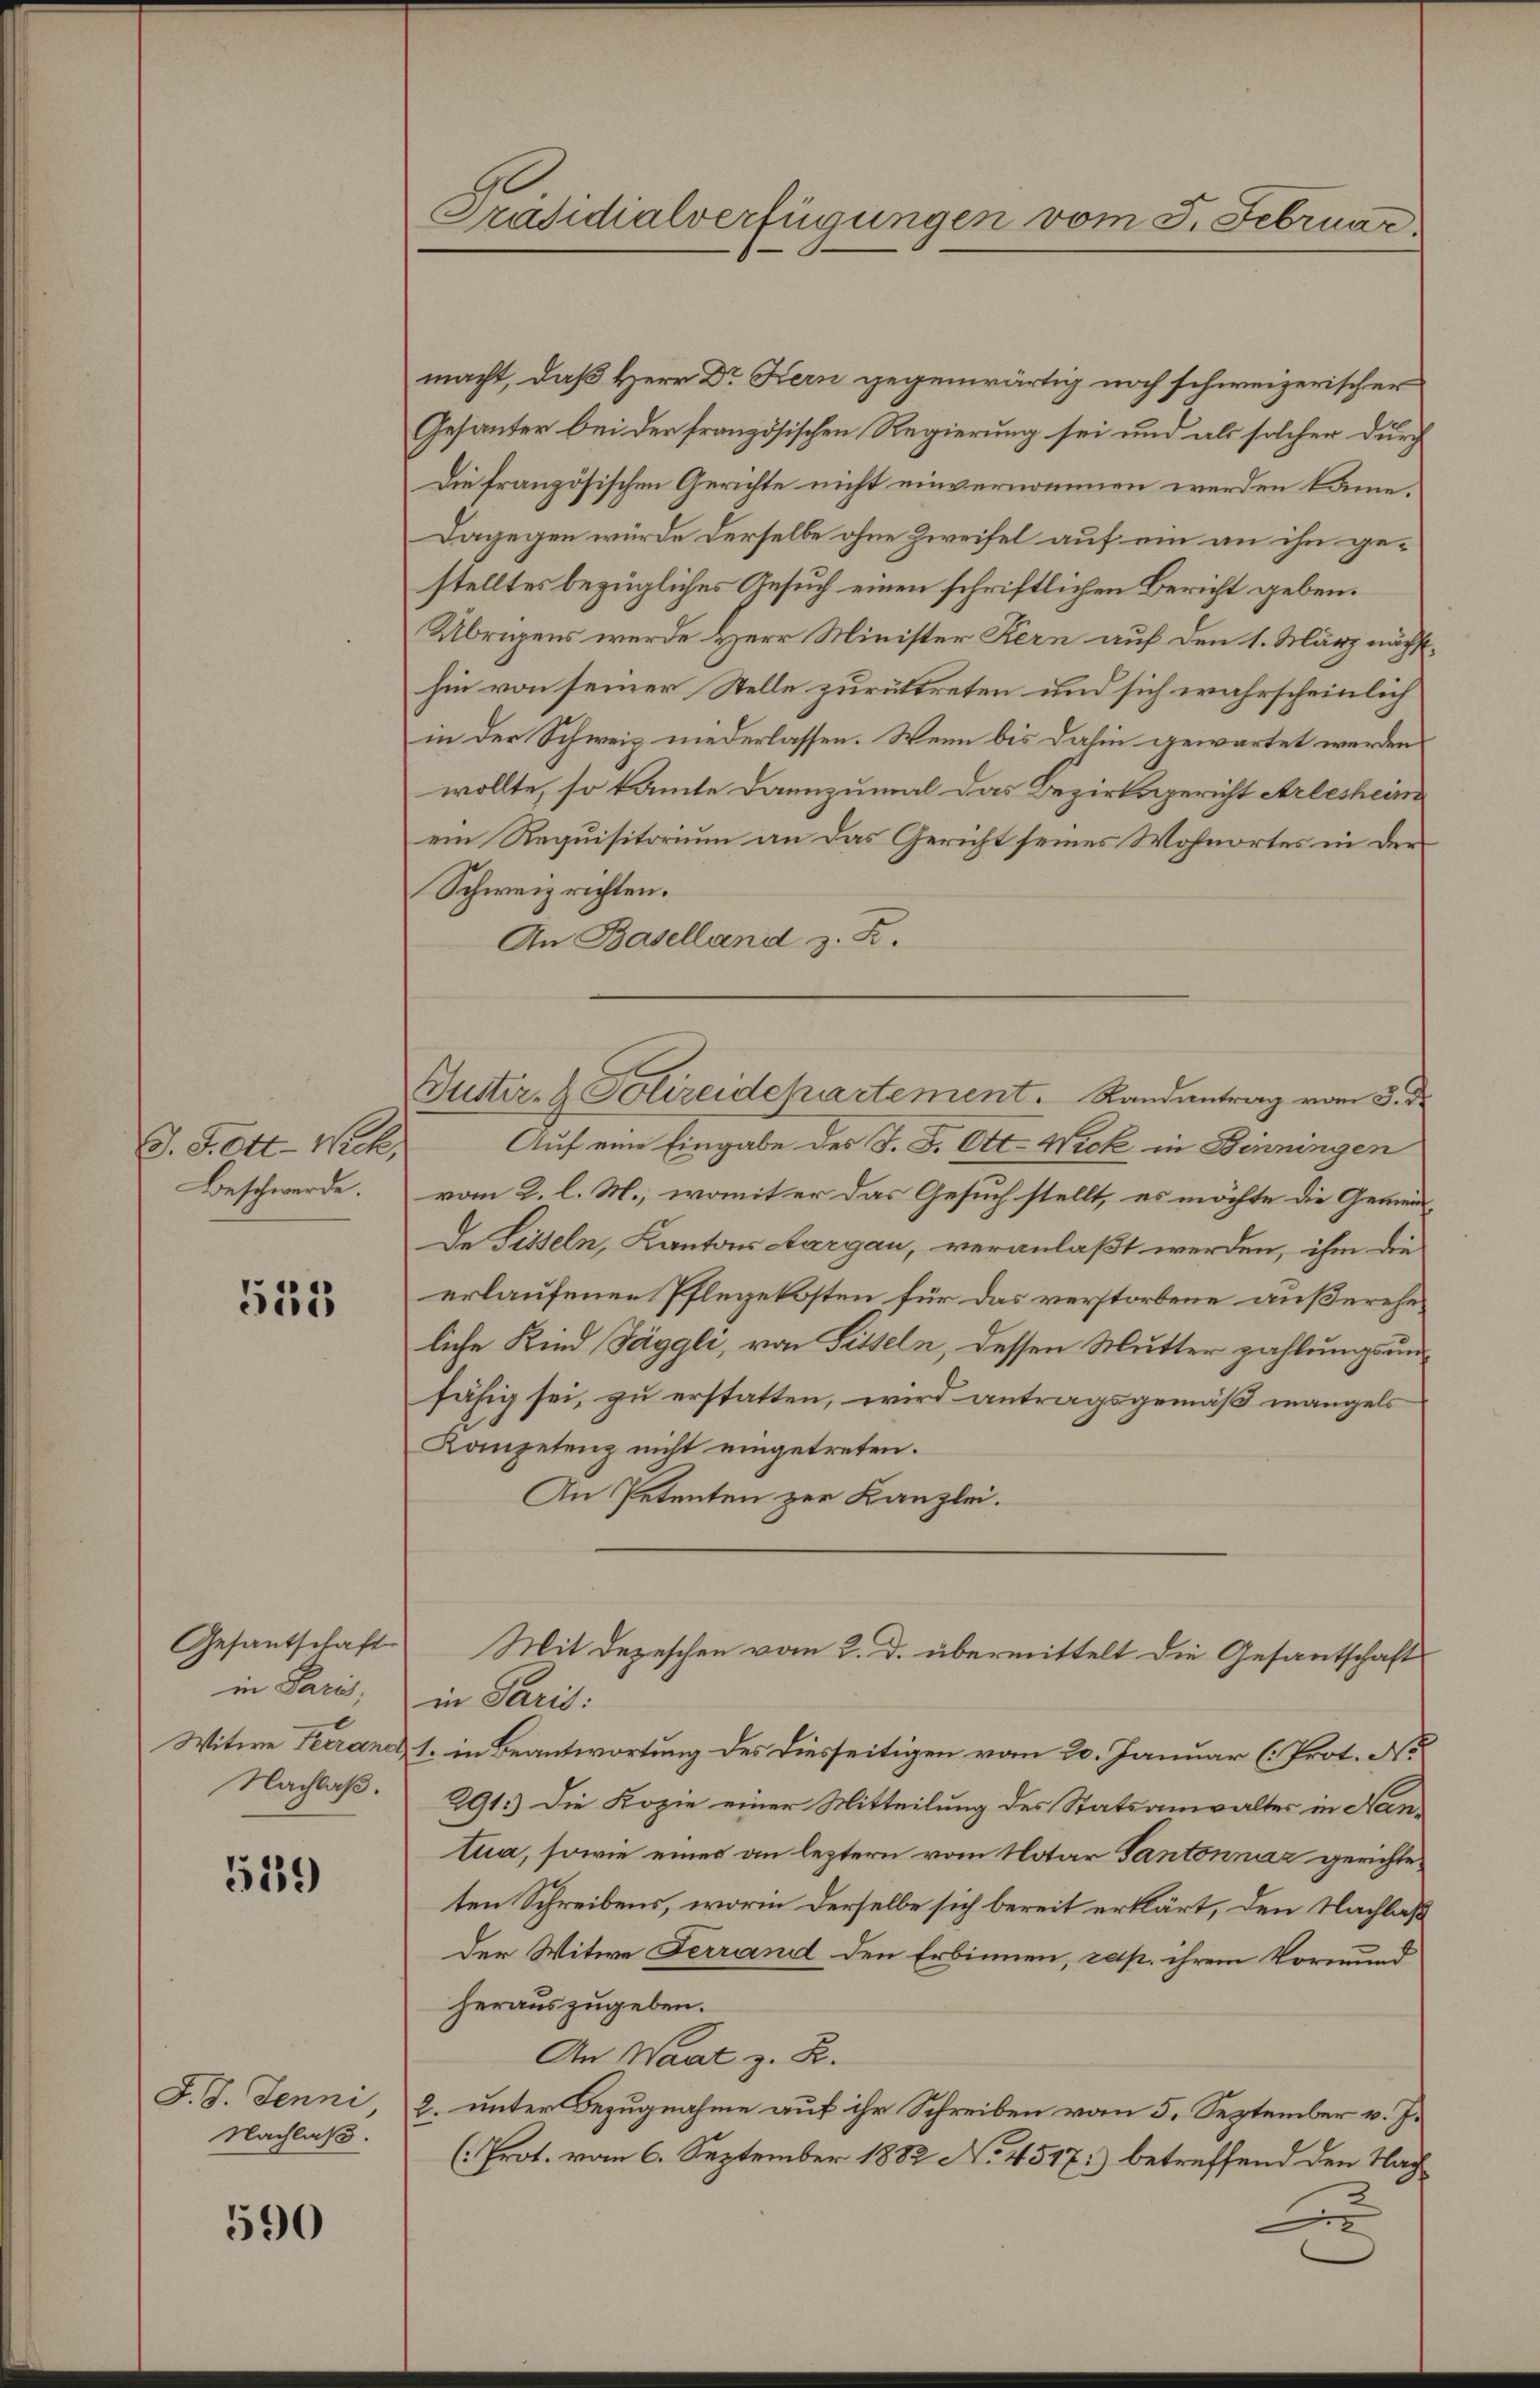
D. S. Ott- Wick,
Beschwerde.

555

Gesantschaft
in Paris,
Witwe Ferraner,
Nachlaß.

539

F. J. Jenni
Nachlaß.

590

Präsidialverfügungen vom 5. Februar.

macht, daß Herr Dr Kern gegenwärtig noch schweizerischer
Gesanter bei der französischen Regierung sei und als solcher durch
Die französischen Gerichte nicht einvernommen werden könne.
Dagegen würde derselbe ohne Zweifel auf ein an ihn gestelltes bezügliches Gesuch einen schriftlichen Bericht geben.
Übrigens wurde Herr Minister Kern auf den 1. März nächsthin von seiner Stelle zurüktreten und sich wahrscheinlich
in der Schweiz niederlassen. Wenn bis dahin gewartet werden
wollte, so kannte dannzumal das Bezirksgericht Arlesheim
ein Requisitorium an das Gericht seines Wohnortes in der
Schweiz richten.
An Baselland z. Z.
Auf eine Eingabe des J. B. Ott- Wick in Benningen
vom 2. l. M., womit er das Gesuch stellt, es möchte die Gemein¬
De Sesseln, Kantons Aargau, veranlaßt werden, ihm die
erlaufenen Pflegekosten für das verstorbene außereheliche Kind Jäggli, von Sitteln, dessen Mutter zahlungsunfähig sei, zu erstatten, wird antragsgemäß mangels
Kompetenz nicht eingetreten.
An Petenten zur Kanzlei.
Mit Depeschen vom 2. d. übermittelt die Gesantschaft
in Paris:
1. in Beantwortung des diesseitigen vom 20. Januar (Prot. No
291.) Die Kopie einer Mitteilung des Statsanwalter in Nantua, sowie eines an leztern vom Notar Tantonnáz gerichteten Schreibens, worin derselbe sich bereit erklärt, den Nachlaß
Der Witwe Ferrand den Erbinnen, rap. ihrem Vormund
herauszugeben.
An Waart z. B.
2. unter Bezugnahme auf ihr Schreiben vom 5. September v. J.
(: Prot. vom 6. September 1882 No 4517) betreffend den Nach¬
B

Guster- & Polizeidepartement. Randantrag vom 5. d.